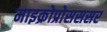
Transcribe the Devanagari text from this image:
माइक्रोप्रोसससर